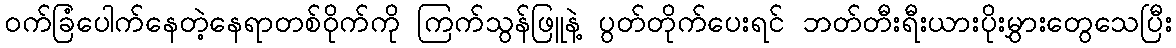
ဝက်ခြံပေါက်နေတဲ့နေရာတစ်ဝိုက်ကို ကြက်သွန်ဖြူနဲ့ ပွတ်တိုက်ပေးရင် ဘတ်တီးရီးယားပိုးမွှားတွေသေပြီး